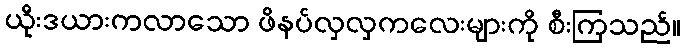
ယိုးဒယားကလာသော ဖိနပ်လှလှကလေးများကို စီးကြသည်။